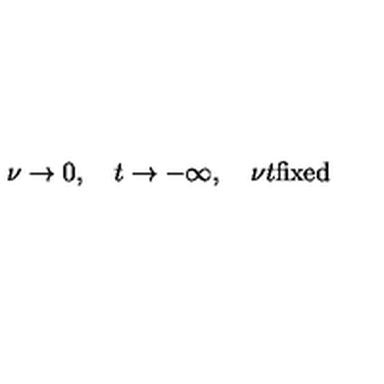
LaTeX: \nu \rightarrow 0 , \quad t \rightarrow - \infty , \quad \nu t \mathrm { f i x e d }